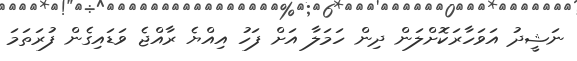
ނަޝީދު އަވަހާރަކޮށްލަން ދިން ހަމަލާ އަށް ފަހު އިއްޔެ ރާއްޖެ ވަޑައިގެން ފުރަތަމަ